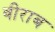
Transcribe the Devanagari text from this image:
वीराब